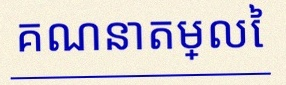
គណនាតម្លៃ